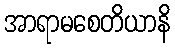
အာရာမစေတိယာနိ